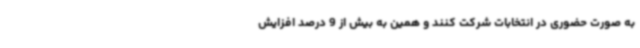
به صورت حضوری در انتخابات شرکت کنند و همین به بیش از 9 درصد افزایش